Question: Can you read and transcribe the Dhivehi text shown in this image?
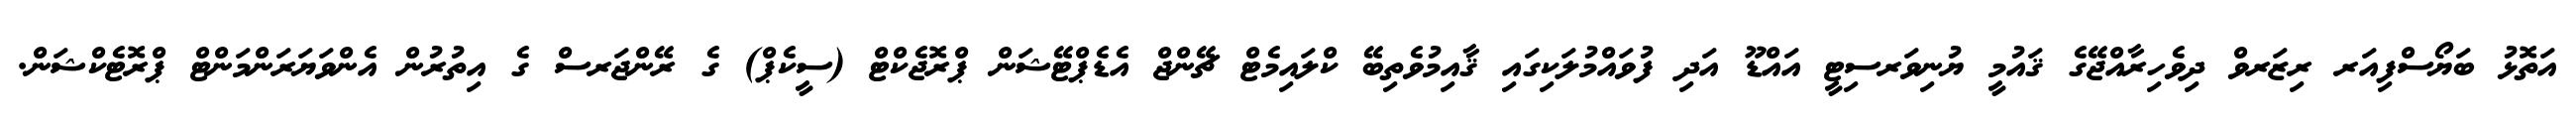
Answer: އަތޮޅު ބަޔޯސްފިއަރ ރިޒަރވް ދިވެހިރާއްޖޭގެ ޤައުމީ ޔުނިވަރސިޓީ އައްޑޫ އަދި ފުވައްމުލަކިގައި ޤާއިމުވެތިބޭ ކްލައިމެޓް ޗޭންޖް އެޑެޕްޓޭޝަން ޕްރޮޖެކްޓް (ސީކެޕް) ގެ ރޭންޖަރސް ގެ އިތުރުން އެންވަޔަރަންމަންޓް ޕްރޮޓެކްޝަން.